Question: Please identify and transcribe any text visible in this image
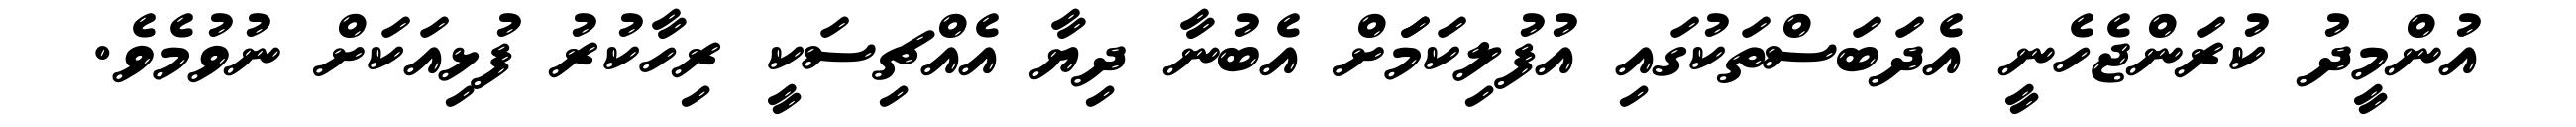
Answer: އުންމީދު ކުރަންޖެހެނީ އެދަބަސްތަކުގައި އުފުލިކަމަަށް އެބުނާ ދިޔާ އެއްޗިސަކީ ރިހާކުރު ފުޅިއަކަށް ނުވުމެވެ.